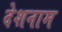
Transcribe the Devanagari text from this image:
देशनाम